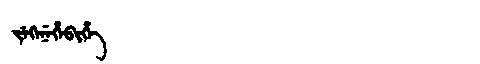
Manchu: ᠵᡝᡴᡝᠨᡝᡥᡝᠪᡳᡥᡝ
Romanization: JEKENEHEBIHE